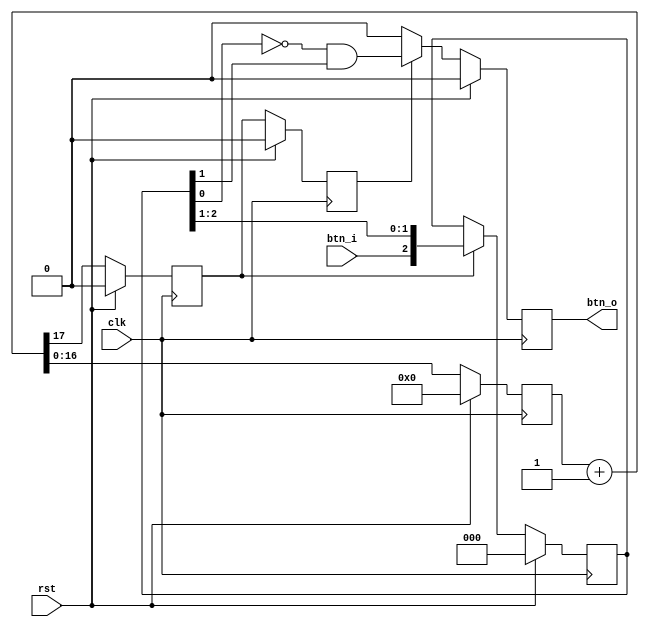
`timescale 1ns / 1ps
//////////////////////////////////////////////////////////////////////////////////
// Company: 
// Engineer: 
// 
// Design Name: 
// Module Name:    debounce 
// Project Name: 
// Target Devices: 
// Tool versions: 
// Description: 
//
// Dependencies: 
//
// Revision: 
// Revision 0.01 - File Created
// Additional Comments: 
//
//////////////////////////////////////////////////////////////////////////////////
module debounce(
    input btn_i,
    output reg btn_o,
    input clk,
	 input rst
    );
	 reg [16:0] clk_count;
	 wire [17:0] clk_sig;
	 reg clk_en;
	 reg clk_en_d;
	 reg [2:0] btn_hist;
	
	// Timing Signal
	assign clk_sig = clk_count + 1;
	always @(posedge clk) begin
		if (rst) begin
			clk_count <= 0;
			clk_en_d <= 0;
			clk_en <= 0;
		end else begin
			clk_count <= clk_sig[16:0];
			clk_en <= clk_sig[17];
			clk_en_d <= clk_en;
		end
	end
	
	// Instruction History
	always @(posedge clk) begin
		if (rst) begin
			btn_hist <= 0;
		end else if (clk_en) begin
			btn_hist[2:0] <= {btn_i, btn_hist[2:1]};
		end
	end
	
	// Detecting posedge
	wire btn_pos;
	assign btn_pos = ~ btn_hist[0] & btn_hist[1];
	always @(posedge clk) begin
		if (rst) begin
			btn_o <= 0;
		end else if (clk_en_d) begin
			btn_o <= btn_pos;
		end else begin
			btn_o <= 0;
		end
	end

endmodule